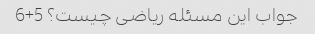
جواب این مسئله ریاضی چیست؟ 5+6